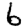
Digit: 6